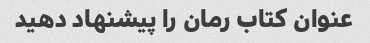
عنوان کتاب رمان را پیشنهاد دهید